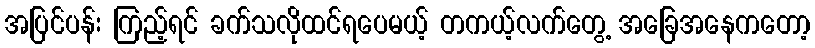
အပြင်ပန်း ကြည့်ရင် ခက်သလိုထင်ရပေမယ့် တကယ့်လက်တွေ့ အခြေအနေကတော့